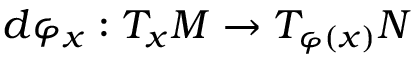
d \varphi _ { x } : T _ { x } M \to T _ { \varphi ( x ) } N